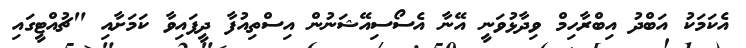
އެކަމަކު އަބްދު އިބްރާހިމް ވިދާޅުވަނީ އޭނާ އެސޯސިއޭޝަނުން އިސްތިއުފާ ދީފައިވާ ކަމަށާއި "ޗުއްޓީގައި